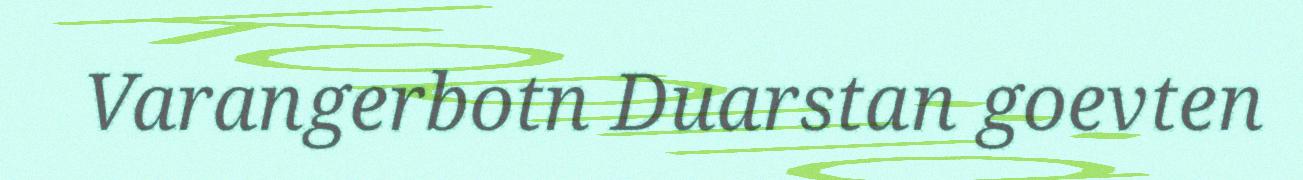
Varangerbotn Duarstan goevten